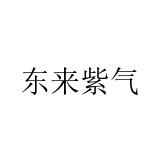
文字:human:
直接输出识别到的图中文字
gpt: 东来紫气